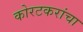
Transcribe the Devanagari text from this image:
कोरटकरांचा